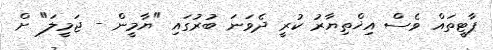
ޕާޓީތައް ވެސް އިޚްތިޔާރު ކުރީ ދެވަނަ ބުރުގައި "ޔާމީން - ޖަމީލަ" ށް